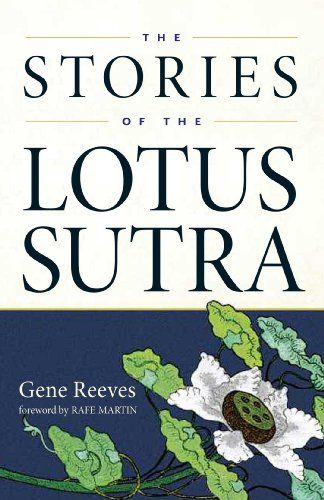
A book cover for The Stories of the Lotus Sutra; Gene Reeves; Religion & Spirituality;